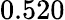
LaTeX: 0.520